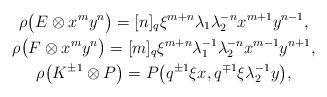
LaTeX: \begin{gather*} \rho \big(E\otimes x^my^n \big)=[n]_q\xi^{m+n}\lambda_1\lambda_2^{-n}x^{m+1}y^{n-1}, \\ \rho \big(F \otimes x^my^n \big)=[m]_q\xi^{m+n}\lambda_1^{-1}\lambda_2^{-n}x^{m-1}y^{n+1}, \\ \rho\big(K^{\pm 1}\otimes P \big)=P\big(q^{\pm 1}\xi x,q^{\mp 1} \xi\lambda_2^{-1}y\big),\end{gather*}